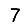
Digit: 7